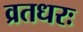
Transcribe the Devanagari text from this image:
व्रतधरः